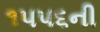
૧૫૫૬ની